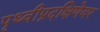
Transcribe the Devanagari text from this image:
पृथ्वीप्रदक्षिणेवर